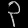
Digit: ၃